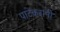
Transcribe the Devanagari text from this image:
पाटेकरांनी